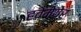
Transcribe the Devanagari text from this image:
हवेमेयेर